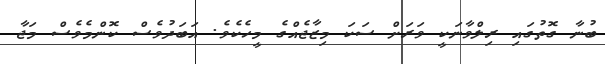
ބުނާ ގޮތުގައި ރިލްވާނަކީ ވަރަށް ސަކަ މިޒާޖެއްގެ މީހެކެވެ. އަބަދުވެސް ކޮންމެވެސް މަޖާ